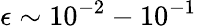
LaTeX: \epsilon\sim 10^{-2}-10^{-1}